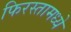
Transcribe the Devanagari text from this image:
फिरस्तामध्ये